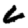
Digit: 6